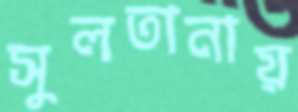
সুলতানায়